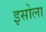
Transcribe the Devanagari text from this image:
इसोला